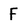
Character: F